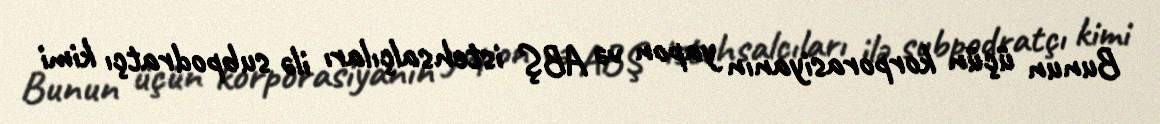
Bunun üçün korporasiyanın yapon və ABŞ istehsalçıları ilə subpodratçı kimi